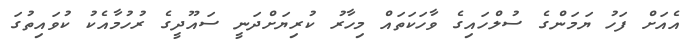
އެއަށް ފަހު ޔަމަންގެ ސުލްހައިގެ ވާހަކަތައް މިހާރު ކުރިޔަށްދަނީ ސައޫދީގެ ރުހުމާއެކު ކުވައިތުގަ